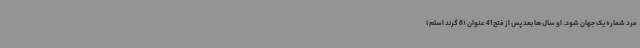
مرد شماره یک جهان شود. او سال ها بعد پس از فتح 41 عنوان (6 گرند اسلم)